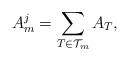
LaTeX: \begin{align*}A_m^j=\sum_{T\in\mathcal{T}_m} A_T,\end{align*}